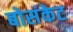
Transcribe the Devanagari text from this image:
बोसंकेट